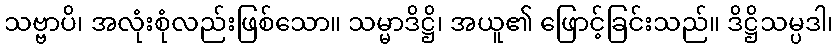
သဗ္ဗာပိ၊ အလုံးစုံလည်းဖြစ်သော။ သမ္မာဒိဋ္ဌိ၊ အယူ၏ ဖြောင့်ခြင်းသည်။ ဒိဋ္ဌိသမ္ပဒါ၊